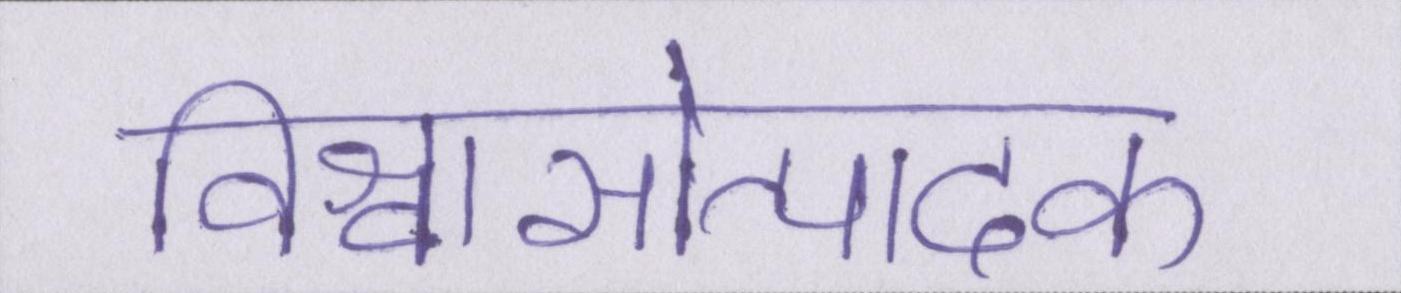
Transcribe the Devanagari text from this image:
विश्वासोत्पादक